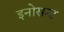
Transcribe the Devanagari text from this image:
इनोसन्ट